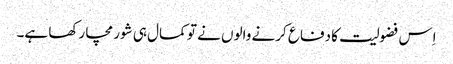
اِس فضولیت کا دفاع کرنے والوں نے تو کمال ہی شور مچا رکھا ہے۔